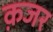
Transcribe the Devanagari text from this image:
क़जर